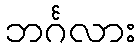
ဘင်္ဂလား